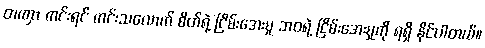
တဏှာ ကင်းရင် ကင်းသလောက် စိတ်ရဲ့ ငြိမ်းအေးမှု ဘဝရဲ့ ငြိမ်းအေးမှုကို ရရှိ နိုင်ပါတယ်။